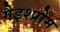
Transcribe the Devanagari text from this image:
गैइश्प्रोम